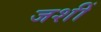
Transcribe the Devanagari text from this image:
जशीं